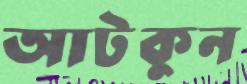
আটকুন